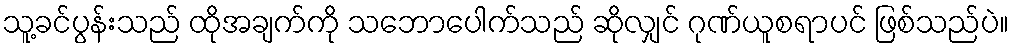
သူ့ခင်ပွန်းသည် ထိုအချက်ကို သဘောပေါက်သည် ဆိုလျှင် ဂုဏ်ယူစရာပင် ဖြစ်သည်ပဲ။